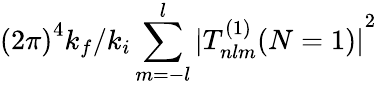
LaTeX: {(2\pi)}^{4}{k_{f}}/{k_{i}}\sum_{m=-l}^{l}{|T_{nlm}^{(1)}(N=1)|}^{2}